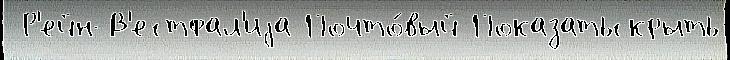
 Р'ейн-В'естфал'иjа Почто́вый Показатьскрыть